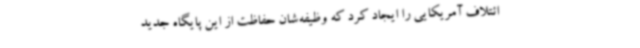
ائتلاف آمریکایی را ایجاد کرد که وظیفه‌شان حفاظت از این پایگاه جدید